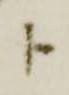
ト